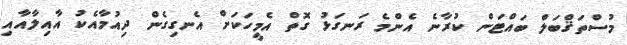
މުސްތަޤްބަލް ބައްޓަން ކުރާނެ އެންމެ ރަނގަޅު ގޮތް އެމީހަކަށް އެނގިގެން ދިއުމާއެކު އާއިލާއާއި